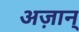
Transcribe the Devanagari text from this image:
अज़ान्